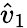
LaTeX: \hat{v}_{1}